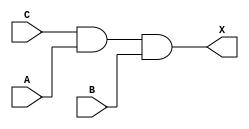
module sky130_fd_sc_hdll__and3 (
    X,
    A,
    B,
    C
);

    // Module ports
    output X;
    input  A;
    input  B;
    input  C;

    // Module supplies
    supply1 VPWR;
    supply0 VGND;
    supply1 VPB ;
    supply0 VNB ;

    // Local signals
    wire and0_out_X;

    //  Name  Output      Other arguments
    and and0 (and0_out_X, C, A, B        );
    buf buf0 (X         , and0_out_X     );

endmodule